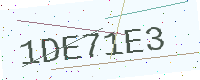
Text: 1DE71E3